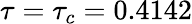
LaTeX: \tau=\tau_{c}=0.4142